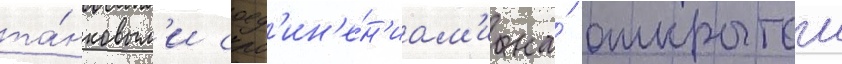
та́нковым'и соед'ин'е́н'иам'и на́ открытои